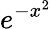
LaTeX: e^{-x^{2}}